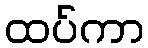
ထပ်ကာ